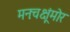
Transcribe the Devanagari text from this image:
मनःचक्षूंमोर